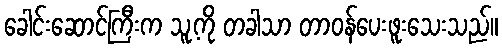
ခေါင်းဆောင်ကြီးက သူ့ကို တခါသာ တာဝန်ပေးဖူးသေးသည်။